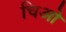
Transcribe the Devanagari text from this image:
चिओ